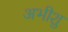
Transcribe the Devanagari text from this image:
अभीशु